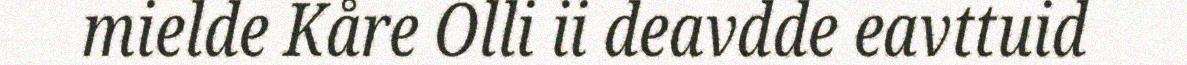
mielde Kåre Olli ii deavdde eavttuid